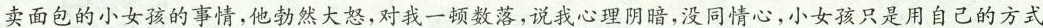
卖面包的小女孩的事情，他勃然大怒，对我一顿数落，说我心理阴暗，没同情心，小女孩只是用自己的方式